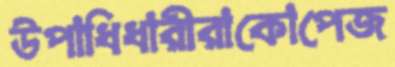
উপাধিধারীরাকোপেজ